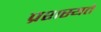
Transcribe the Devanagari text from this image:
प्रशस्यते